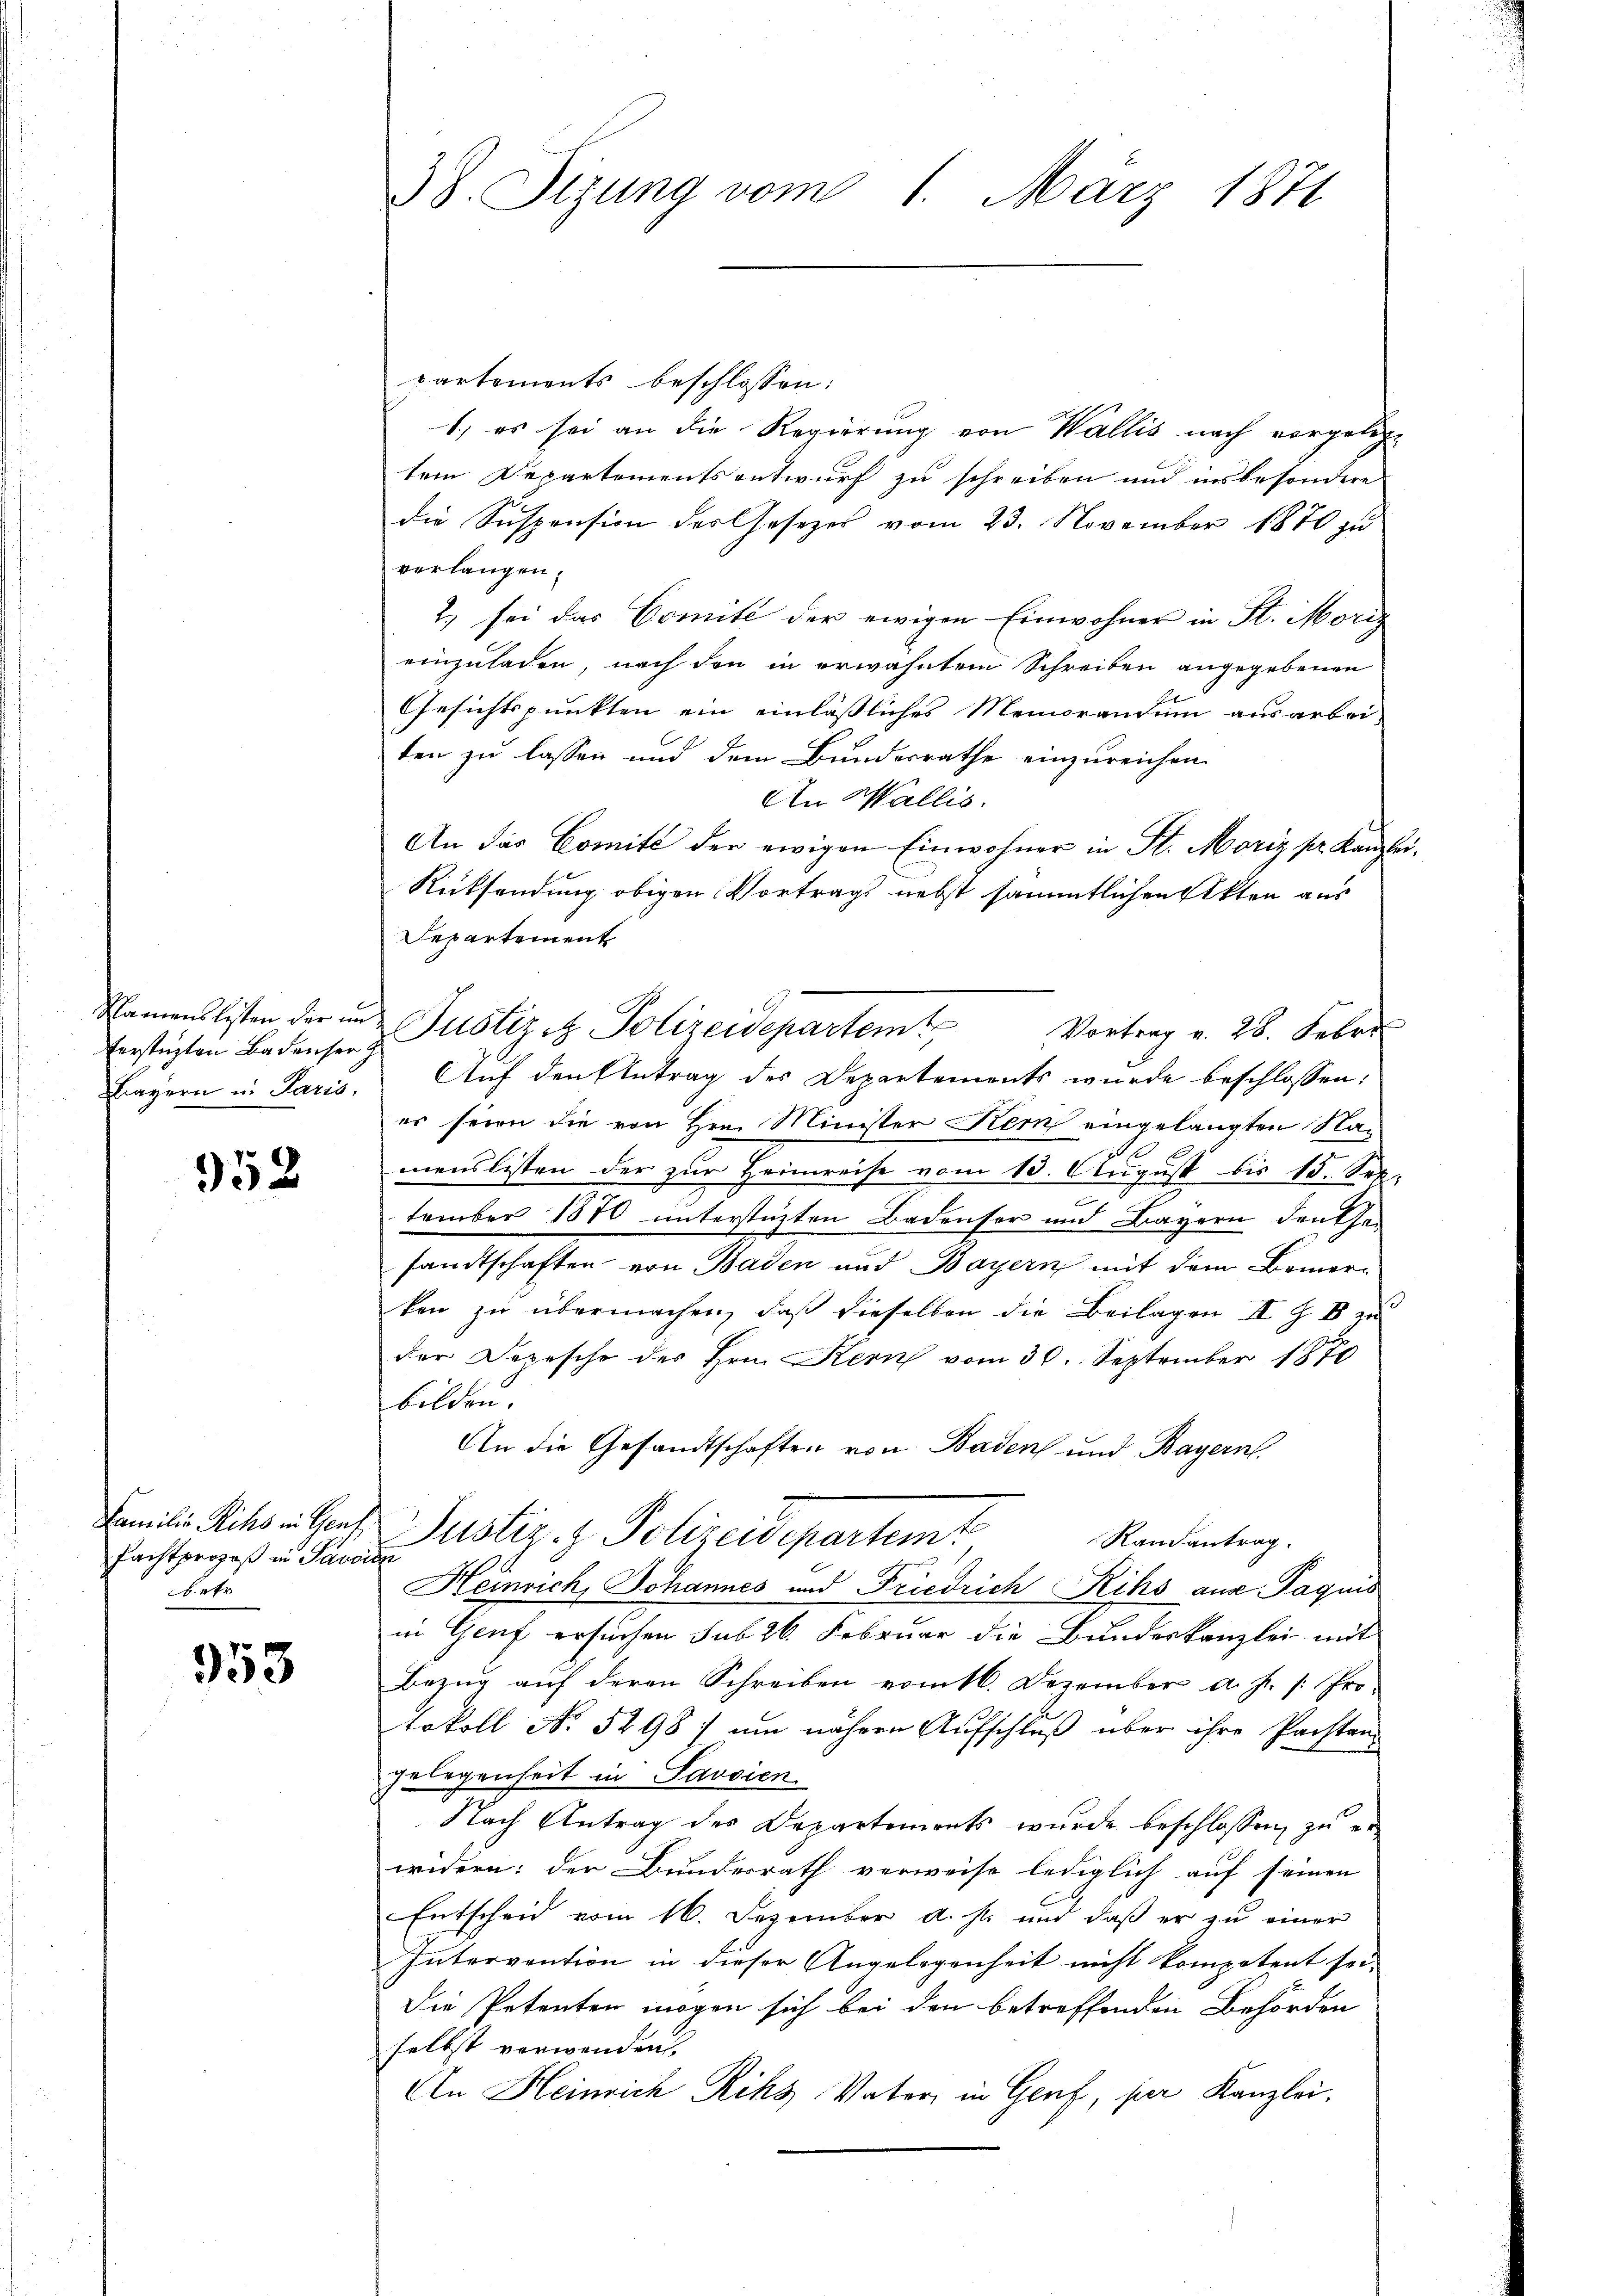
verstüzten Badenser z
Lagern in Paris.

952

fachtprozeß in Pancien
betr

953

partements beschlossen:
1) es sei an die Regierung von Wallis nach vorgelege
tem Departementsentwurf zu schreiben und insbesondere
die Suspension des Gesetzes vom 23. November 1870 zu
verlangen.
2) sei das Comité der ewigen Einwohner in St. Moriz
einzuladen, nach den in erwähntem Schreiben angegebenen
Gesichtspunkten ein einläßliches Memorandum ausarbei-
ten zu lassen und dem Bundesrathe einzureichen
Auf den Antrag des Departements wurde beschlossen:
es seien die von Hrn. Minister Kern eingelangten Na¬
.
il
menslisten der zur Heimreise vom 10. August bis 18. Sek-
tember 1870 unterstüzten Badenser und Bayern denken
sandtschaften von Baden und Bayern mit dem Bemerken zu übermachen, daß dieselben die Beilagen II S. 88 zu
der Depesche des Hrn. Kern vom 30. September 1870
bilden.
An die Gesandtschaften von Baden und Bayern,
Familie Sichs in des Justiz- & Polizeidepartemt
Randantrag.
Heinrich, Johannes und Friedrich Riks aus Paquis
in Genf ersuchen sub 26. Februar die Bundeskanzlei mit
Bezug auf deren Schreiben vom 16. Dezember d. J. /: Protokoll No 5298 / um nähern Aufschluß über ihre Pachten
gelegenheit in Savoien
Nach Antrag des Departements wurde beschlossen, zu erwidern: der Bunderrath verweise lediglich auf seinen
Entscheid vom 16. Dezember a. s. und daß er zu einer
Intervention in dieser Angelegenheit nicht kompetent sei,
Die Petenten mögen sich bei den betreffenden Behörden
selbst verwenden
An Heinrich Riks Vater in Genf, per Kanzlei,

38. Sizung vom 1. März 1871

An Wallis.
An das Comité der ewigen Einwohner in St. Moriz pr. Kanzlei
Rücksendung obigen Vortrags nebst sämmtlichen Akten aus
Departement
Namenslisten der in Justizit Polizeidepartem Vortrag v. 28. Febr.